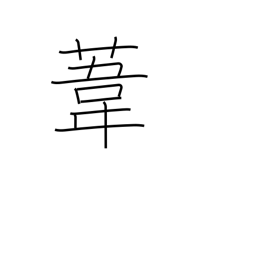
Meaning: reed